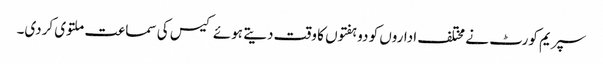
سپریم کورٹ نے مختلف اداروں کو دو ہفتوں کا وقت دیتے ہوئے کیس کی سماعت ملتوی کردی۔